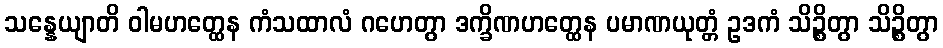
သန္နေယျာတိ ဝါမဟတ္ထေန ကံသထာလံ ဂဟေတွာ ဒက္ခိဏဟတ္ထေန ပမာဏယုတ္တံ ဥဒကံ သိဉ္စိတွာ သိဉ္စိတွာ